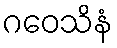
ဂဝေသိနံ